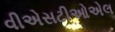
વીએસટીઓએલ